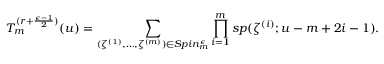
T _ { m } ^ { ( r + { \frac { \epsilon - 1 } { 2 } } ) } ( u ) = \sum _ { ( \zeta ^ { ( 1 ) } , \ldots , \zeta ^ { ( m ) } ) \in S p i n _ { m } ^ { \epsilon } } \prod _ { i = 1 } ^ { m } s p ( \zeta ^ { ( i ) } ; u - m + 2 i - 1 ) .